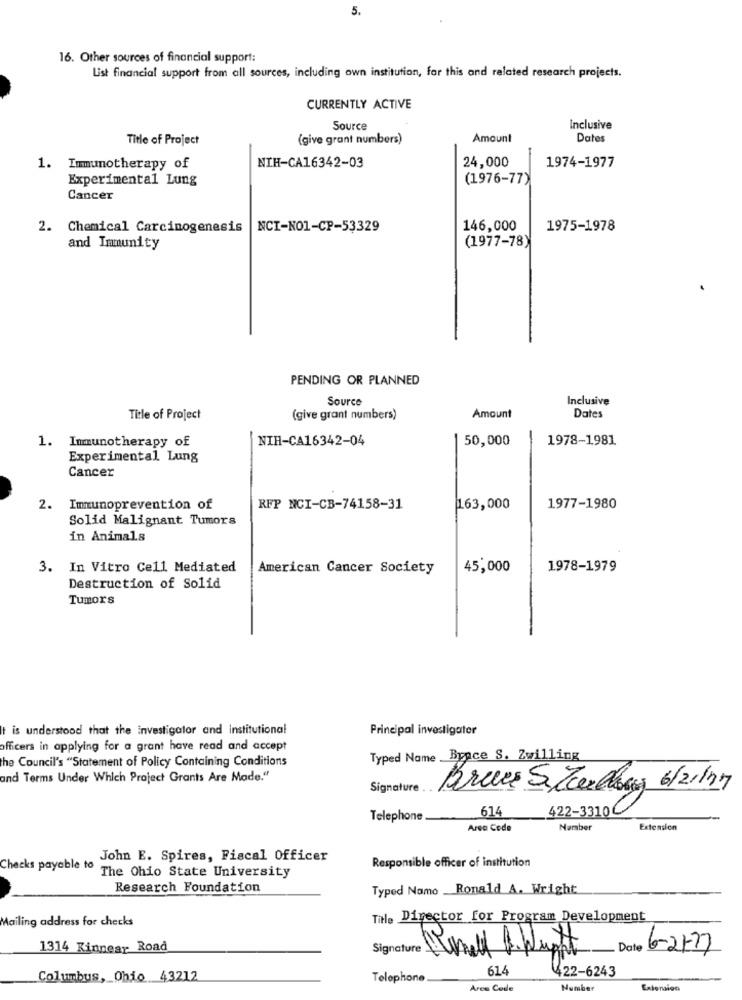
5.
16. Other sources of financial support:
List financial support from all sources, including own institution, for this and related research projects.
CURRENTLY ACTIVE
Source
Inclusive
Title of Project
(give grant numbers)
Amount
Dates
24,000
1. Immunotherapy of
NIH-CA16342-03
1974-1977
Experimental Lung
(1976-77)
Cancer
2. Chemical Carcinogenesis
NCI-NO1-CP-53329
146,000
1975-1978
(1977-78)
and Immunity
PENDING OR PLANNED
Source
Inclusive
Title of Project
(give grant numbers)
Amount
Dates
1. Immunotherapy of
NIH-CA16342-04
50,000
1978-1981
Experimental Lung
Cancer
2. Immunoprevention of
RFP NCI-CB-74158-31
163,000
1977-1980
Solid Malignant Tumors
in Animals
3. In Vitro Cell Mediated
American Cancer Society
45,000
1978-1979
Destruction of Solid
Tumors
It is understood that the investigator and institutional
Principal investigator
officers in applying for a grant have read and accept
the Council's "Statement of Policy Containing Conditions
Typed Name Byace S. Zwilling
and Terms Under Which Project Grants Are Made."
Signature
Brais S Zeeclosing 6/2/17
614
Telephone
422-3310
Area Code
Number
Extension
John E. Spires, Fiscal Officer
Responsible officer of institution
Checks payable to
The Ohio State University
Research Foundation
Typed Namo _Ronald A. Wright
Mailing address for checks
TiHle Director for Program Development
1314 Kinnear Road
Signature
Date 6-217
614
Columbus, Ohio 43212
Telephone
422-6243
Area Code
Number
Extension